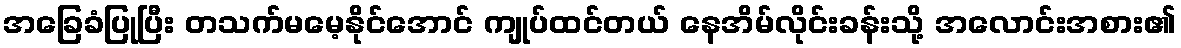
အခြေခံပြုပြီး တသက်မမေ့နိုင်အောင် ကျုပ်ထင်တယ် နေအိမ်လိုင်းခန်းသို့ အလောင်းအစား၏